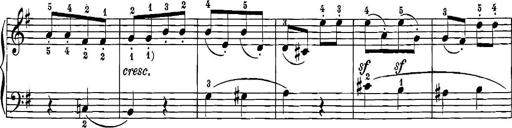
Title: 12 Sonatinas
Composer: Ignaz Pleyel